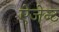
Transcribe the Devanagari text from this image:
ऐजेन्‍ट